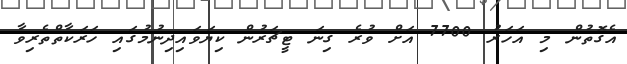
އެގޮތުން މި އަހަރު 7700 އަށް ވުރެ ގިނަ ޓީޗަރުން ކިޔަވައިދިނުމުގައި ހަރަކާތްތެރިވާ